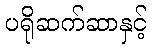
ပရိုဆက်ဆာနှင့်